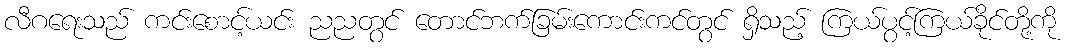
လီဂရေးသည် ကင်းစောင့်ယင်း ညညတွင် တောင်ဘက်ခြမ်းကောင်းကင်တွင် ရှိသည့် ကြယ်ပွင့်ကြယ်ခိုင်တို့ကို